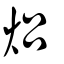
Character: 焒